Indian journal of veterinary science and animal husbandry - Volume 10,
Year: 1940
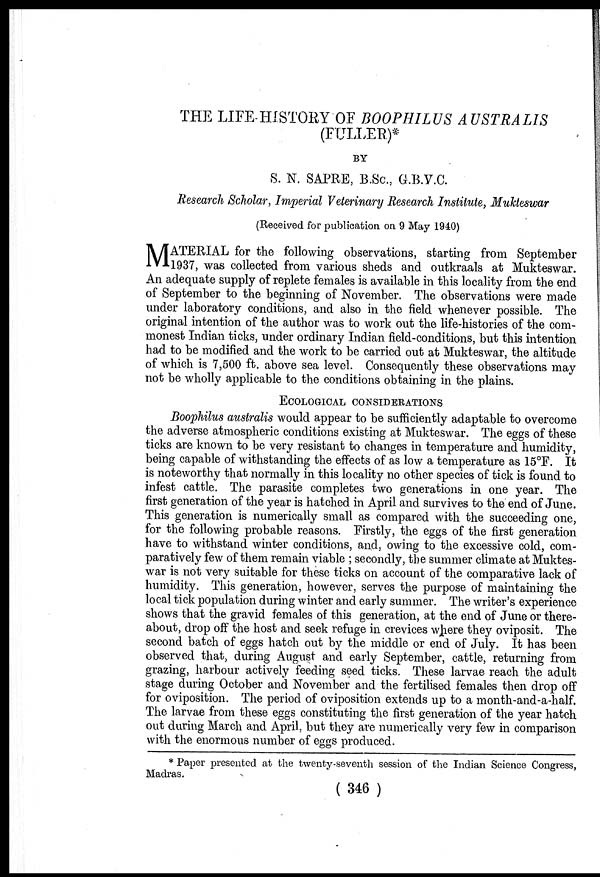
THE LIFE-HISTORY OF BOOPHILUS AUSTRALIS
(FULLER)*
BY
S. N. SAPRE, B.Sc., G.B.V.C.
Research Scholar, Imperial Veterinary Research Institute, Mukteswar
(Received for publication on 9 May 1940)
M ATERIAL for the following observations, starting from September
1937, was collected from various sheds and outkraals at Mukteswar.
An adequate supply of replete females is available in this locality from the end
of September to the beginning of November. The observations were made
under laboratory conditions, and also in the field whenever possible. The
original intention of the author was to work out the life-histories of the com-
monest Indian ticks, under ordinary Indian field-conditions, but this intention
had to be modified and the work to be carried out at Mukteswar, the altitude
of which is 7,500 ft. above sea level. Consequently these observations may
not be wholly applicable to the conditions obtaining in the plains.
ECOLOGICAL CONSIDERATIONS
Boophilus australis would appear to be sufficiently adaptable to overcome
the adverse atmospheric conditions existing at Mukteswar. The eggs of these
ticks are known to be very resistant to changes in temperature and humidity,
being capable of withstanding the effects of as low a temperature as 15°F. It
is noteworthy that normally in this locality no other species of tick is found to
infest cattle. The parasite completes two generations in one year. The
first generation of the year is hatched in April and survives to the end of June.
This generation is numerically small as compared with the succeeding one,
for the following probable reasons. Firstly, the eggs of the first generation
have to withstand winter conditions, and, owing to the excessive cold, com-
paratively few of them remain viable ; secondly, the summer climate at Muktes-
war is not very suitable for these ticks on account of the comparative lack of
humidity. This generation, however, serves the purpose of maintaining the
local tick population during winter and early summer. The writer's experience
shows that the gravid females of this generation, at the end of June or there-
about, drop off the host and seek refuge in crevices where they oviposit. The
second batch of eggs hatch out by the middle or end of July. It has been
observed that, during August and early September, cattle, returning from
grazing, harbour actively feeding seed ticks. These larvae reach the adult
stage during October and November and the fertilised females then drop off
for oviposition. The period of oviposition extends up to a month-and-a-half.
The larvae from these eggs constituting the first generation of the year hatch
out during March and April, but they are numerically very few in comparison
with the enormous number of eggs produced.
* Paper presented at the twenty-seventh session of the Indian Science Congress,
Madras.
( 346 )